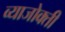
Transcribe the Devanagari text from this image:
व्याजोक्ती